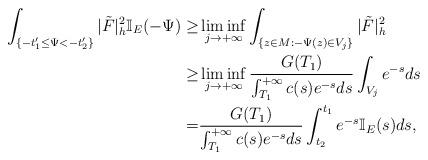
LaTeX: \begin{align*}\int_{\{-t'_1\le\Psi<-t'_2\}}|\tilde{F}|^2_h\mathbb{I}_E(-\Psi)\ge&\liminf_{j\to+\infty}\int_{\{z\in M:-\Psi(z)\in V_j\}}|\tilde{F}|^2_h\\\ge&\liminf_{j\to+\infty}\frac{G(T_1)}{\int_{T_1}^{+\infty}c(s)e^{-s}ds}\int_{V_j}e^{-s}ds\\=&\frac{G(T_1)}{\int_{T_1}^{+\infty}c(s)e^{-s}ds}\int_{t_2}^{t_1}e^{-s}\mathbb{I}_E(s)ds,\end{align*}